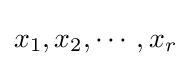
x_{1},x_{2},\cdots ,x_{r}